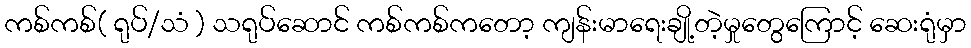
ကစ်ကစ်( ရုပ်/သံ ) သရုပ်ဆောင် ကစ်ကစ်ကတော့ ကျန်းမာရေးချို့တဲ့မှုတွေကြောင့် ဆေးရုံမှာ